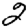
Digit: 2